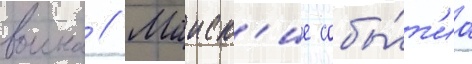
воина // Маиск'ие собы́т'иа